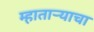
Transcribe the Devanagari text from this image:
म्हातार्‍याचा